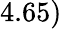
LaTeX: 4.65)